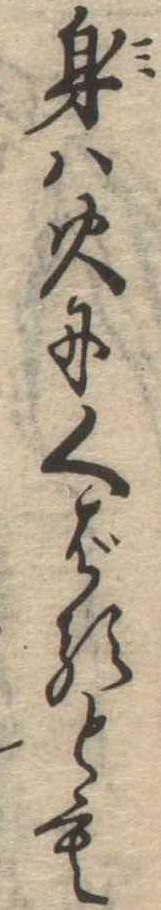
身は火にくばるとも